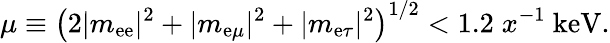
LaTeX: \mu\equiv\left(2|m_{\mathrm{e}\mathrm{e}}|^{2}+|m_{\mathrm{e}\mu}|^{2}+|m_{\mathrm{e}\tau}|^{2}\right)^{1/2}<1.2\; x^{-1}\mathrm{{\ k\mathrm{e}V}}.